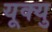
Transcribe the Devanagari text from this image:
यूक्यु